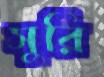
সুরি